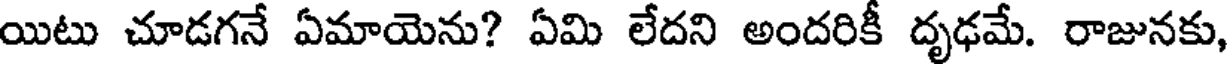
యిటు చూడగనే ఏమాయెను? ఏమి లేదని అందరికీ దృఢమే. రాజునకు,